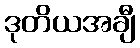
ဒုတိယအချီ